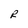
Character: R